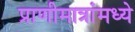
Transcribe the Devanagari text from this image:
प्राणीमात्रांमध्ये